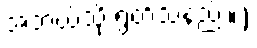
အဘယ်သို့ ရွတ်သနည်း။)